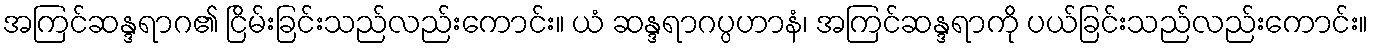
အကြင်ဆန္ဒရာဂ၏ ငြိမ်းခြင်းသည်လည်းကောင်း။ ယံ ဆန္ဒရာဂပ္ပဟာနံ၊ အကြင်ဆန္ဒရာကို ပယ်ခြင်းသည်လည်းကောင်း။